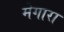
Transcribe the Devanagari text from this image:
मेगारा